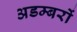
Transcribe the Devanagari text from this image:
अडम्बरों